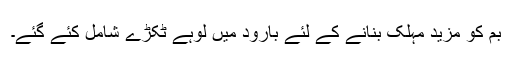
بم کو مزید مہلک بنانے کے لئے بارود میں لوہے ٹکڑے شامل کئے گئے۔